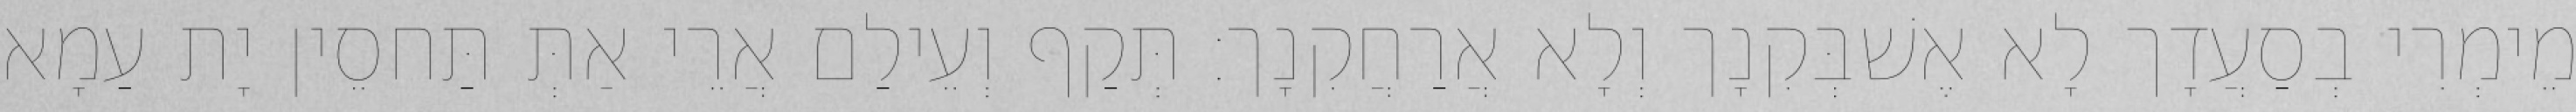
מֵימְרִי בְסַעֲדָך לָא אֶשׁבְּקִנָך וְלָא אֲרַחֲקִנָך׃ תְּקַף וְעֵילַם אֲרֵי אַתְּ תַּחסֵין יָת עַמָא